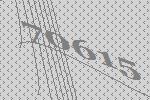
70615